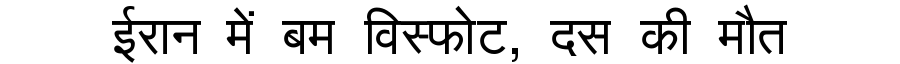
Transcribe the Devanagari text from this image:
ईरान में बम विस्फोट, दस की मौत